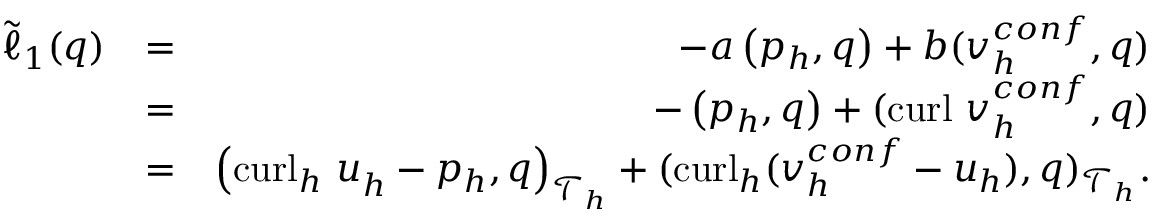
\begin{array} { r l r } { \tilde { \ell } _ { 1 } ( q ) } & { = } & { - a \left( { p } _ { h } , { q } \right) + b ( \boldsymbol { v } _ { h } ^ { c o n f } , { q } ) } \\ & { = } & { - \left( p _ { h } , q \right) + ( \mathrm { c u r l } ~ \boldsymbol { v } _ { h } ^ { c o n f } , q ) } \\ & { = } & { \left( { \mathrm { c u r l } _ { h } ~ \boldsymbol { u } } _ { h } - p _ { h } , q \right) _ { \mathcal { T } _ { h } } + ( \mathrm { c u r l } _ { h } ( \boldsymbol { v } _ { h } ^ { c o n f } - \boldsymbol { u } _ { h } ) , q ) _ { \mathcal { T } _ { h } } . } \end{array}